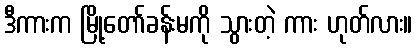
ဒီကားက မြို့တော်ခန်းမကို သွားတဲ့ ကား ဟုတ်လား။